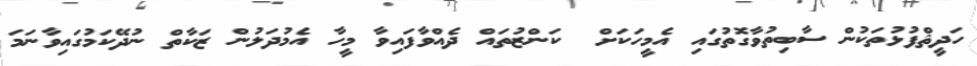
ހަދީޘްފުޅުތަކުން ސާބިތުވާގޮތުގައި އެމީހަކަށް  ކަންޒުތައް ދެއްވާފައިވާ މީހާ އެމުދަލުން ޒަކާތް ނުދޭކަމުގައިވާނަމަ